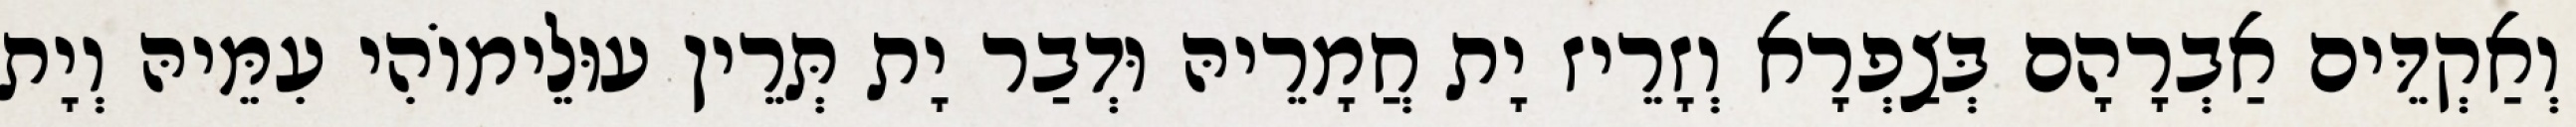
וְאַקְדֵּים אַבְרָהָם בְּצַפְרָא וְזָרֵיז יָת חֲמָרֵיהּ וּדְבַר יָת תְּרֵין עוּלֵימוֹהִי עִמֵּיהּ וְיָת